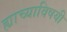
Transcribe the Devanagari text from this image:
ह्याच्याविषयी